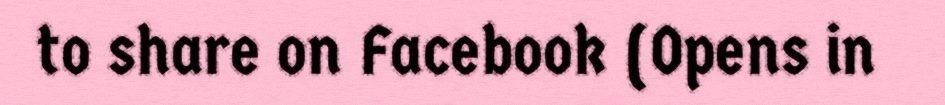
to share on Facebook (Opens in